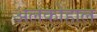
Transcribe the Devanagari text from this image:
अलकोहाल